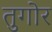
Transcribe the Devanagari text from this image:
तुगोर